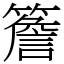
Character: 簷